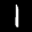
Label: 1